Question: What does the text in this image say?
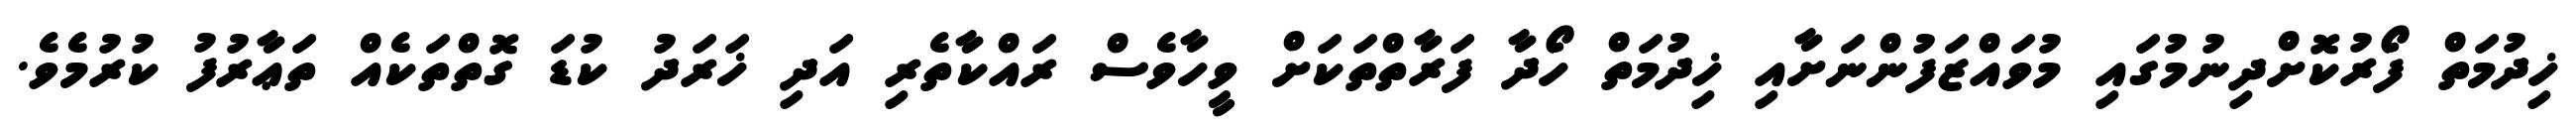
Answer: ޚިދުމަތް ފޯރުކޮށްދިނުމުގައި މުވައްޒަފުންނަށާއި ޚިދުމަތް ހޯދާ ފަރާތްތަކަށް ވީހާވެސް ރައްކާތެރި އަދި ޚަރަދު ކުޑަ ގޮތްތަކެއް ތަޢާރުފު ކުރުމެވެ.